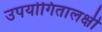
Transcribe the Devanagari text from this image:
उपयोगितालक्षी